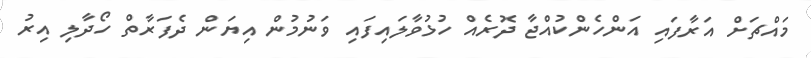
މައްޗަށް އަރާފައި އަންހެންކުއްޖާ ދޮރެއް ހުޅުވާލައިފައި ވަނުމުން އިޔަން ދެފަރާތް ހޯދާލި އިރު